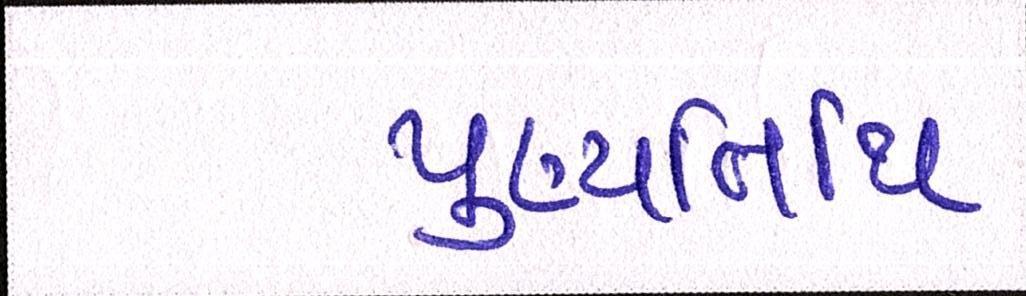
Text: પુણ્યતિથિ